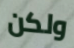
ولكن